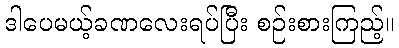
ဒါပေမယ့်ခဏလေးရပ်ပြီး စဉ်းစားကြည့်။